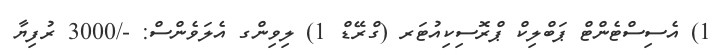
1) އެސިސްޓެންޓް ޕަބްލިކް ޕްރޮސިކިއުޓަރ (ގްރޭޑް 1) ލިވިންގ އެލަވެންސް: -/3000 ރުފިޔާ